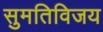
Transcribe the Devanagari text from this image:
सुमतिविजय